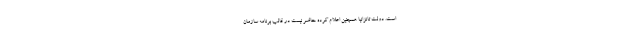
است. دولت تانزانیا همچنین اعلام کرده حاضر نیست در قالب برنامه سازمان